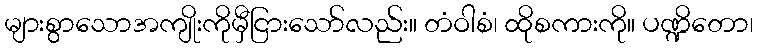
များစွာသောအကျိုးကိုမှီငြားသော်လည်း။ တံဝါစံ၊ ထိုစကားကို။ ပဏ္ဍိတော၊